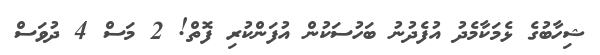
ޝިހާބުގެ ޅެމަކާމެދު އުފެދުނު ބަހުސަކުން އުފަންކުރި ފޮތް! 2 މަސް 4 ދުވަސް